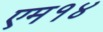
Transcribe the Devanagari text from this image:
एम१४